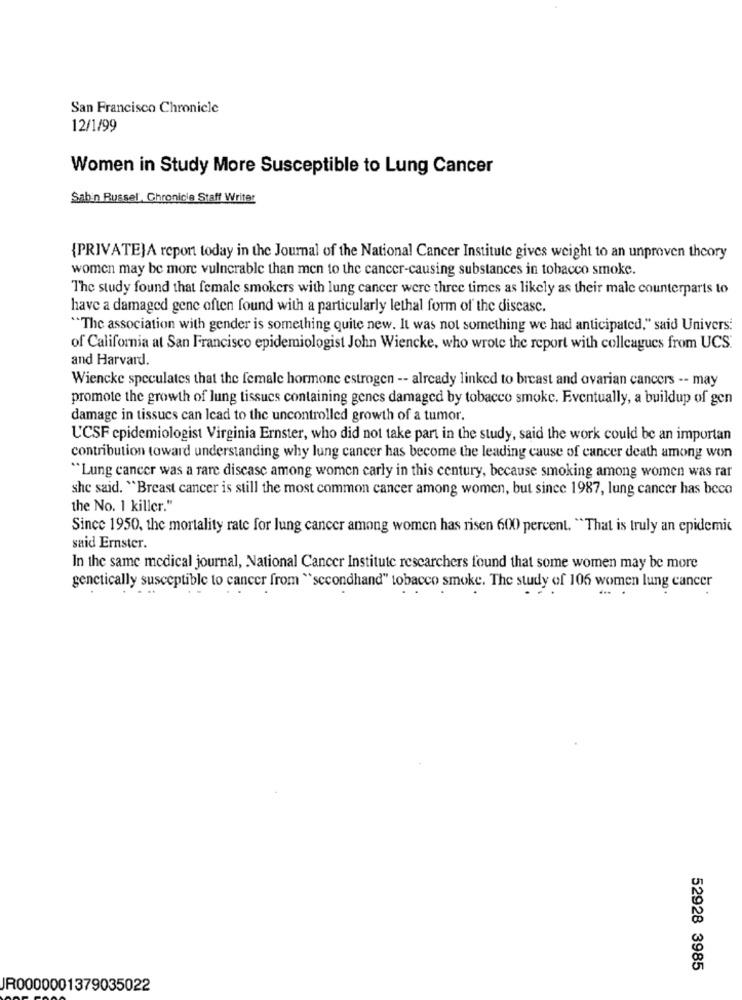
San Francisco Chronicle
12/1/99
Women in Study More Susceptible to Lung Cancer
Sabin Russel Chronicle Staff Writer
{PRIVATEJA report today in the Journal of the National Cancer Institute gives weight to an unproven theory
women may be more vulnerable than men to the cancer-causing substances in tobacco smoke.
The study found that female smokers with lung cancer were three times as likely as their male counterparts to
have a damaged gene often found with a particularly lethal form of the discasc.
"The association with gender is something quite new. It was not something we had anticipated," said Univers:
of California at San Francisco epidemiologist John Wiencke, who wrote the report with colleagues from UCS.
and Harvard.
Wiencke speculates that the female hormone estrogen -- already linked to breast and ovarian cancers -- may
promote the growth of lung tissues containing genes damaged by tobacco smoke. Eventually, a buildup of gen
damage in tissues can lead to the uncontrolled growth of a tumor.
UCSF epidemiologist Virginia Ernster, who did not take part in the study, said the work could be an importan
contribution toward understanding why lung cancer has become the leading cause of cancer death among won
"Lung cancer was a rare disease among women carly in this century, because smoking among women was rar
she said. "Breast cancer is still the most common cancer among women, but since 1987, lung cancer has beco
the No. 1 killer."
Since 1950, the mortality rate for lung cancer among women has risen 600 percent. "That is truly an epidemic
said Ernster.
In the same medical journal, National Cancer Institute researchers found that some women may be more
genetically susceptible to cancer from "secondhand" tobacco smoke. The study of 106 women lung cancer
....
52928 3985
JR0000001379035022